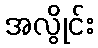
အလွိုင်း